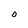
Character: 0